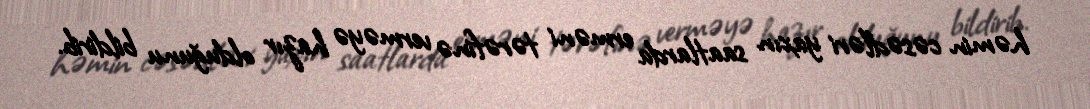
həmin cəsədləri yaxın saatlarda erməni tərəfinə verməyə hazır olduğunu bildirib.